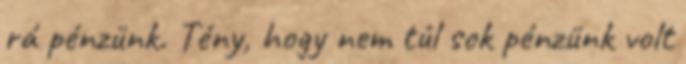
rá pénzünk. Tény, hogy nem túl sok pénzünk volt